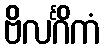
ဗိလင်္ဂိကံ